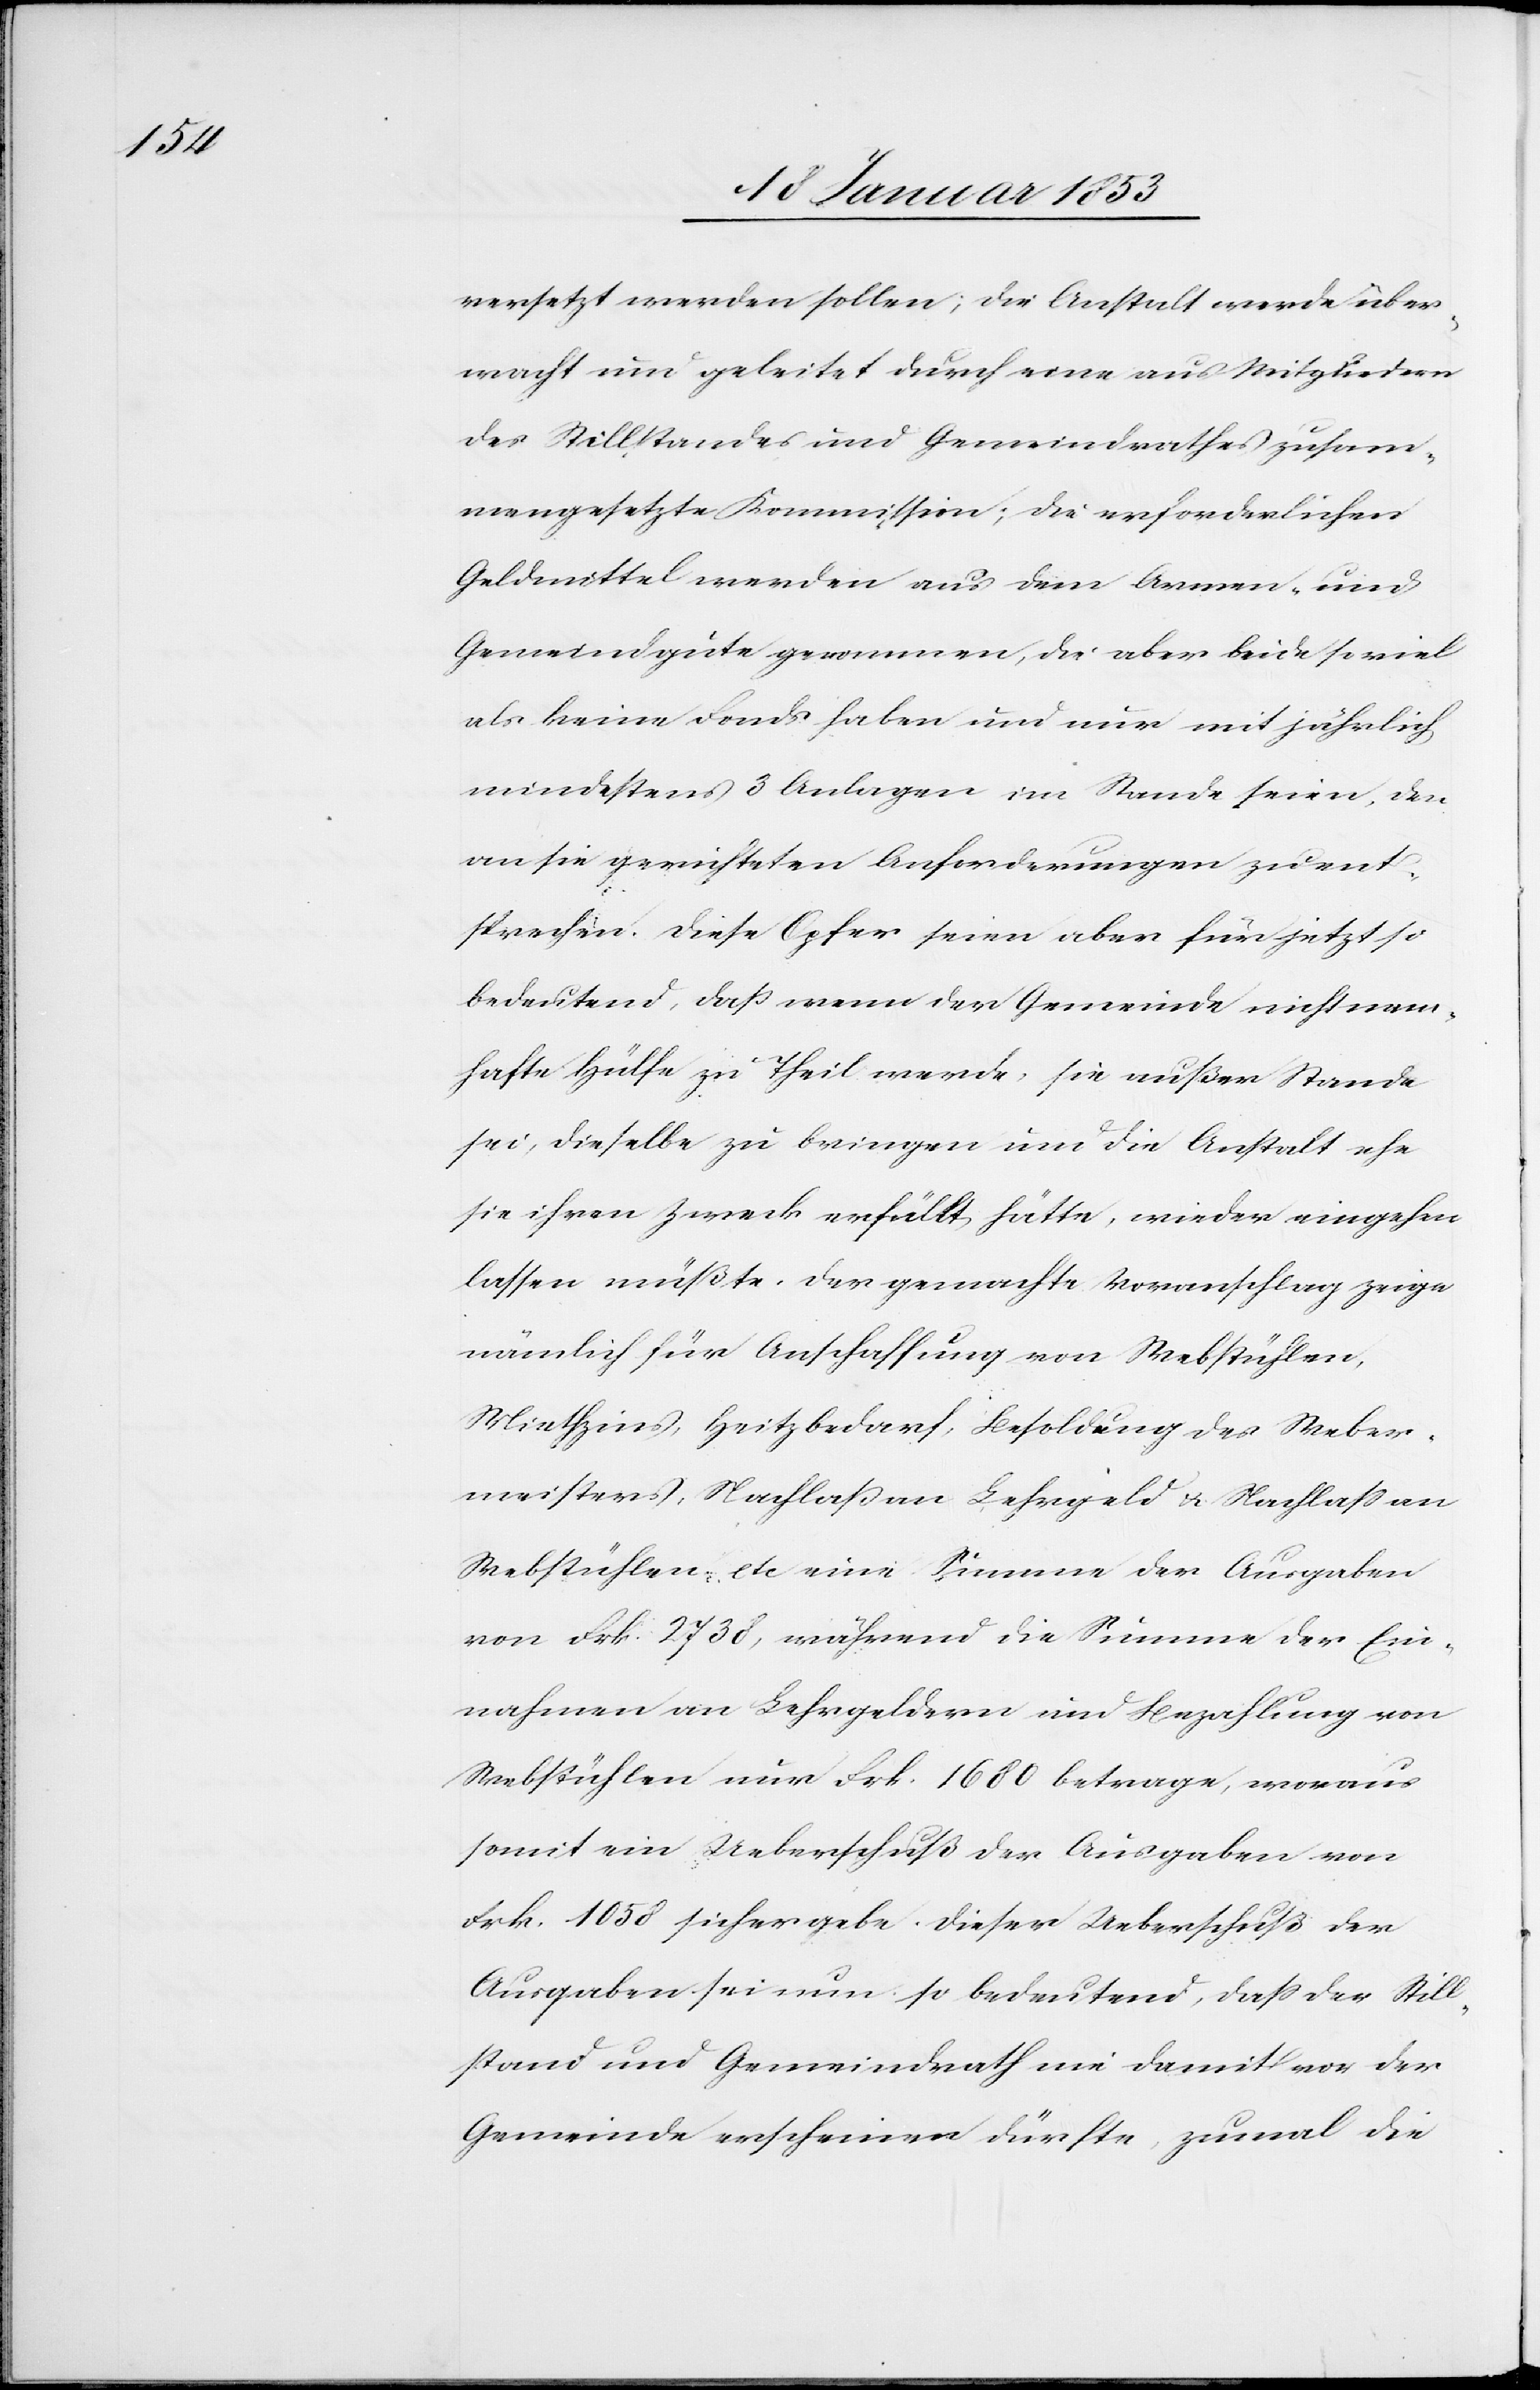
versetzt werden sollen; die Anstalt werde über¬
macht und geleitet durch eine aus Mitgliedern
des Stillstandes und Gemeindrathes zusam¬
mengesetzte Kommission; die erforderlichen
Geldmittel werden aus dem Armen- und
Gemeindgute genommen, die aber beide soviel
als keine Fonds haben und nur mit jährlich
mindestens 3 Anlagen im Stande seien, den
an sie gerichteten Anforderungen zu ent¬
sprechen. Diese Opfer seien aber für jetzt so
bedeutend, daß wenn der Gemeinde nicht nam¬
hafte Hülfe zu Theil werde, sie außer Stande
sei, dieselbe zu bringen um die Anstalt ehe
sie ihren Zweck erfüllt hätte, wieder eingehen
lassen müßte. Der gemachte Voranschlag zeige
nämlich für Anschaffung von Webstühlen,
Miethzins, Heitzbedarf, Besoldung des Weber¬
meisters, Nachlaß an Lehrgeld u. Nachlaß an
Webstühlen etc. eine Summe der Ausgaben
von Frk. 2738, während die Summe der Ein¬
nahmen an Lehrgeldern um Bezahlung von
Webstühlen nur Frk. 1680. betrage, woraus
soweit ein Ueberschuß der Ausgaben von
Frk. 1058. sich ergebe. Dieser Ueberschuß der
Ausgaben sei nun so bedeutend, daß der Still¬
stand und Gemeindrath nie damit vor der
Gemeinde erscheinen dürfte, zumal die